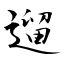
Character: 遛